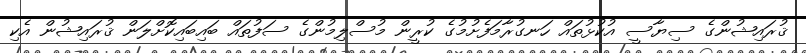
ޤުރައިޝުންގެ ސިޔާސީ އުކުޅުތައް ހަނގުރާމަފެށުމުގެ ކުރީން މުސްލިމުންގެ ސަފުތައް ބައިބައިކޮށްލަން ޤުރައިޝުން އެކި